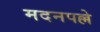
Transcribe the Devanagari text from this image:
मदनपल्ले